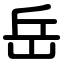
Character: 岳